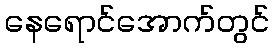
နေရောင်အောက်တွင်